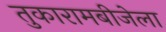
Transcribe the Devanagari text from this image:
तुकारामबीजेला